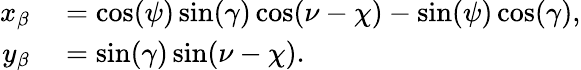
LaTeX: \begin{array}{rl}{x_{\beta}}&{{}=\cos(\psi)\sin(\gamma)\cos(\nu-\chi)-\sin(\psi)\cos(\gamma),}\\ {y_{\beta}}&{{}=\sin(\gamma)\sin(\nu-\chi).}\end{array}